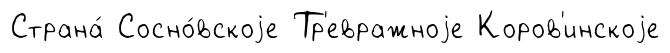
Страна́ Сосно́вскоjе Тр'евражноjе Коров'инскоjе